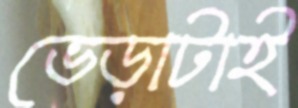
ভেড়াটাই